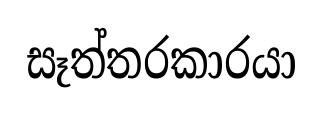
සෑත්තරකාරයා